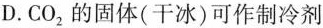
D.CO_{2}的固体(干冰)可作制冷剂